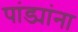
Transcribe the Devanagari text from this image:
पांड्यांना